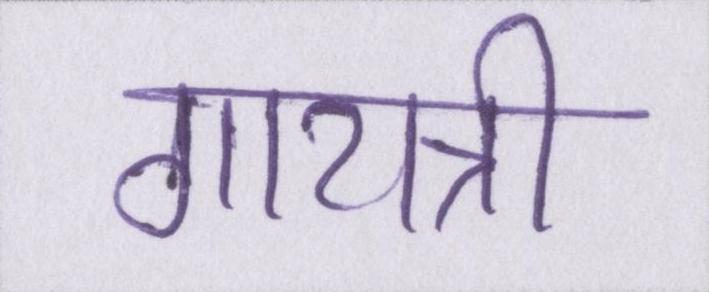
गायत्री